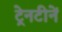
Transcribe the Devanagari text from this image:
ट्रेनटीनें